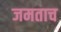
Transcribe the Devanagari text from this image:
जमताच